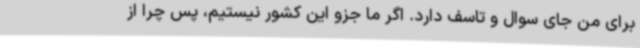
برای من جای سوال و تاسف دارد. اگر ما جزو این کشور نیستیم، پس چرا از